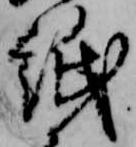
紙